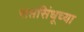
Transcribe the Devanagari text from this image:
सप्तसिंधूच्या